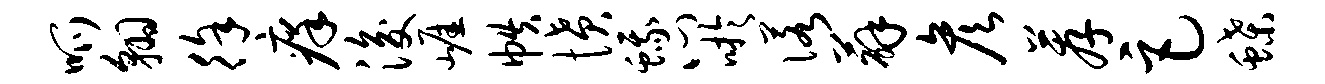
呱翱徐痒浚崖帙愤蛾心吁诺薜彦荐巨蝶